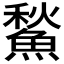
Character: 𩹤